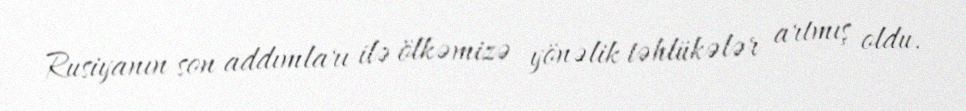
Rusiyanın son addımları ilə ölkəmizə yönəlik təhlükələr artmış oldu.